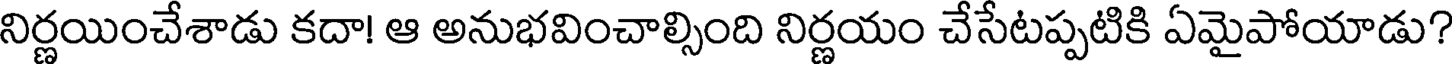
నిర్ణయించేశాడు కదా! ఆ అనుభవించాల్సింది నిర్ణయం చేసేటప్పటికి ఏమైపోయాడు?